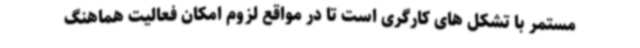
مستمر با تشکل های کارگری است تا در مواقع لزوم امکان فعالیت هماهنگ